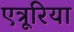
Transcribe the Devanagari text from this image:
एत्रूरिया